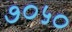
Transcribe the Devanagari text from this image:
७०५०